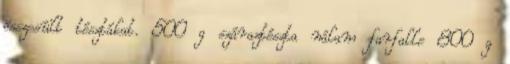
összesült tésztákat. 500 g száraztészta nálam farfalle 800 g